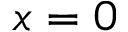
x = 0